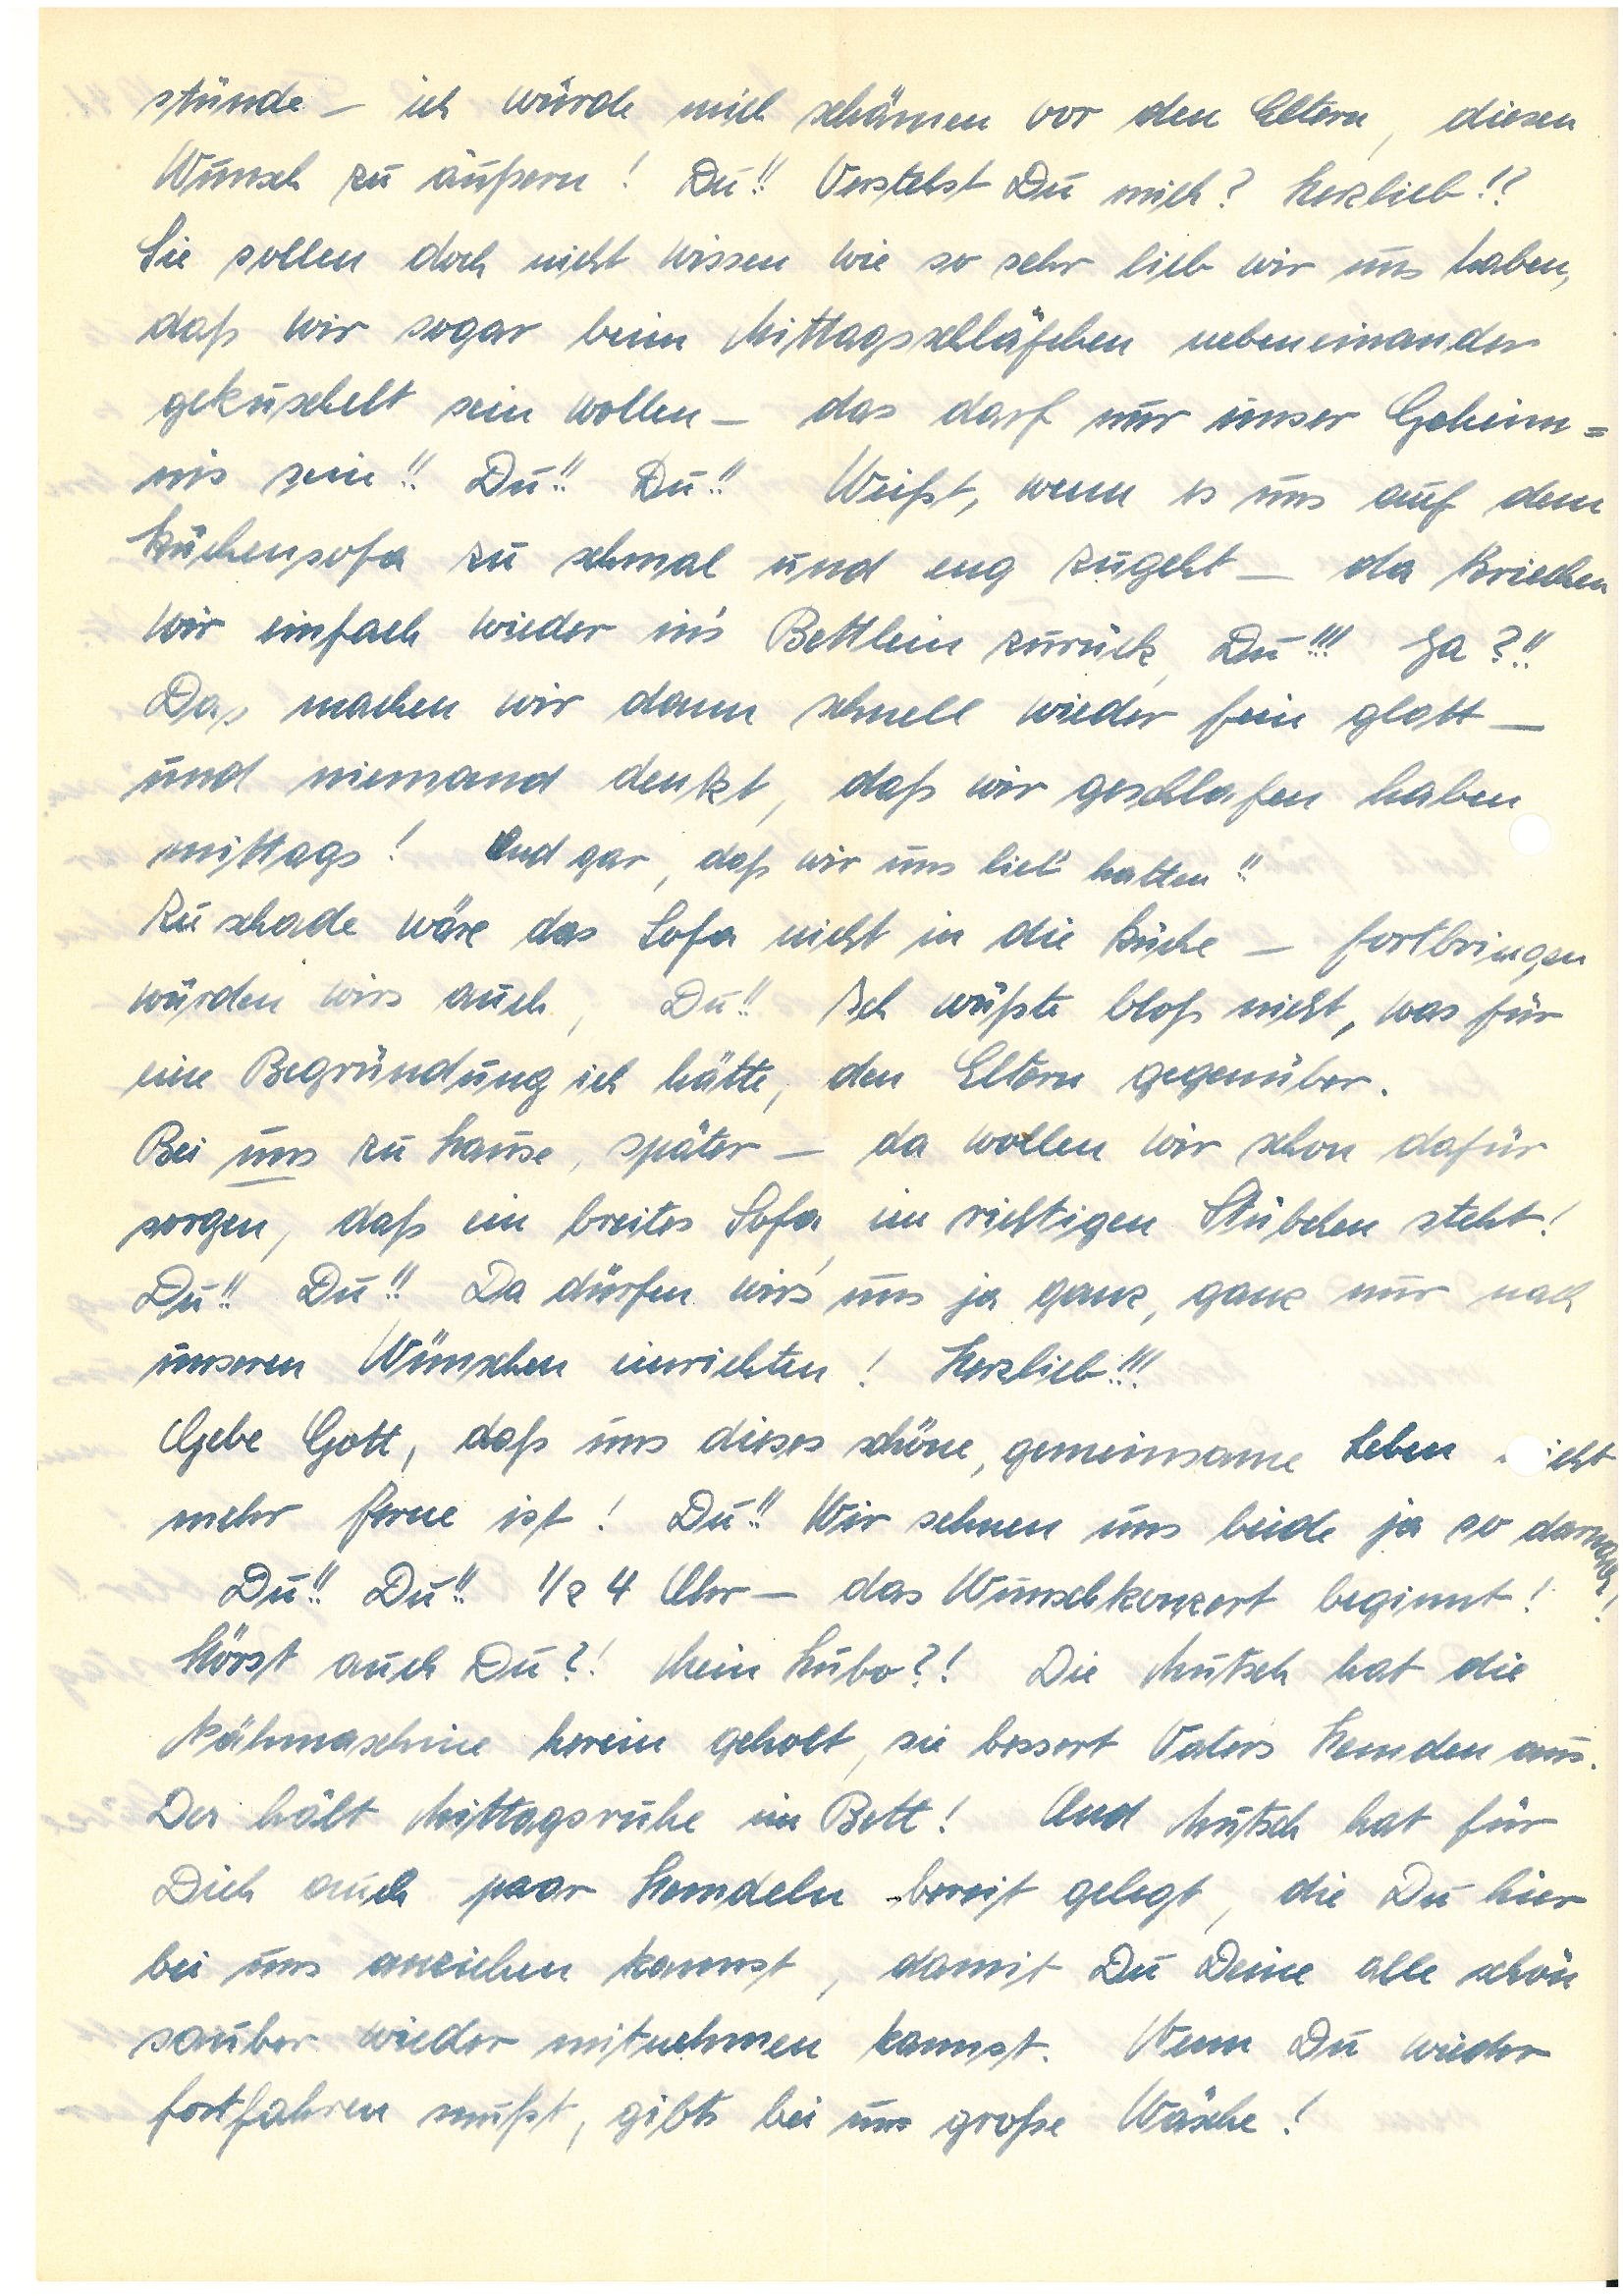
stünde – ich würde mich schämen vor den Eltern, diesen
Wunsch zu äußern! Du!! Verstehst Du mich? Herzlieb?!
Sie sollen doch nicht wissen wie so sehr lieb wir uns haben,
daß wir sogar beim Mittagsschläfchen nebeneinander
gekuschelt sein wollen – das darf nur unser Geheim¬
nis sein!! Du!! Du!! Weißt, wenn es uns auf dem
Küchensofa zu schmal und zu eng zugeht – da kriechen
wir einfach wieder in’s Bettlein zurück, Du!!! Ja?!!
Das machen wir dann schnell wieder fein glatt –
und niemand denkt, daß wir geschlafen haben
mittags! Und gar, daß wir uns lieb’ hatten!!
Zu schade wäre das Sofa nicht in die Küche – fortbringen
würden wirs auch, Du!! Ich wüßte bloß nicht, was für
eine Begründung ich hätte, den Eltern gegenüber.
Bei #uns zu Hause, später – da wollen wir schon dafür
sorgen, daß ein breites Sofa im richtigen Stübchen steht!
Du!! Du!! Da dürfen wir’s uns ja ganz, ganz nur nach
unseren Wünschen einrichten! Herzlieb!!!
Gebe Gott, daß uns dieses schöne, gemeinsame Leben cht
mehr ferne ist! Du!! Wir sehnen uns beide ja so darnach
! Du!! Du!! ½ 4 Uhr – das Wunschkonzert beginnt!
Hörst auch Du?! Mein Hubo?! Die Mutsch hat die
Nähmaschine herein geholt, sie bessert Vaters Hemden aus.
Der hält Mittagsruhe im Bett! Und Mutsch hat für
Dich auch paar Hemdeln bereit gelegt, die Du hier
bei uns anziehen kannst, damit Du Deine alle schön
sauber wieder mitnehmen kannst. Wenn Du wieder
fortfahren mußt, gibts bei uns große Wäsche!